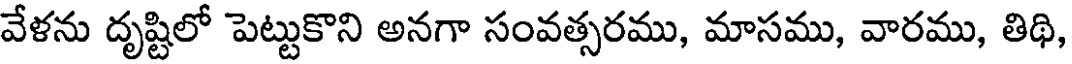
వేళను దృష్టిలో పెట్టుకొని అనగా సంవత్సరము, మాసము, వారము, తిథి,